Civil Veterinary Department. United Provinces 1923-31 - 1923-1931
Year: 1923
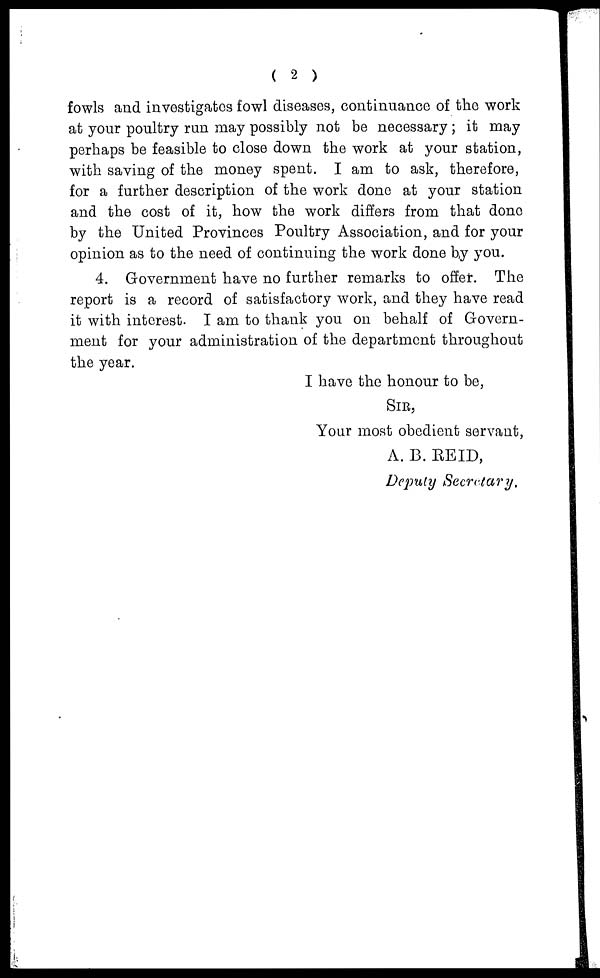
( 2 )
fowls and investigates fowl diseases, continuance of the work
at your poultry run may possibly not be necessary; it may
perhaps be feasible to close down the work at your station,
with saving of the money spent. I am to ask, therefore,
for a further description of the work done at your station
and the cost of it, how the work differs from that done
by the United Provinces Poultry Association, and for your
opinion as to the need of continuing the work done by you.
4. Government have no further remarks to offer. The
report is a record of satisfactory work, and they have read
it with interest. I am to thank you on behalf of Govern-
ment for your administration of the department throughout
the year.
I have the honour to be,
SIR,
Your most obedient servant,
A. B. REID,
Deputy Secretary.